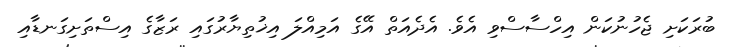
ބުރަކަށި ޖެހުނުކަން އިހްސާސްވި އެވެ. އެދެއަތް އޭގެ އަމިއްލަ އިޚުތިޔާރުގައި ރަޒާގެ އިސްތަށިގަނޑާއި